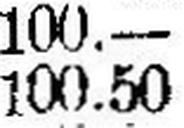
100.50